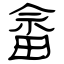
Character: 畲